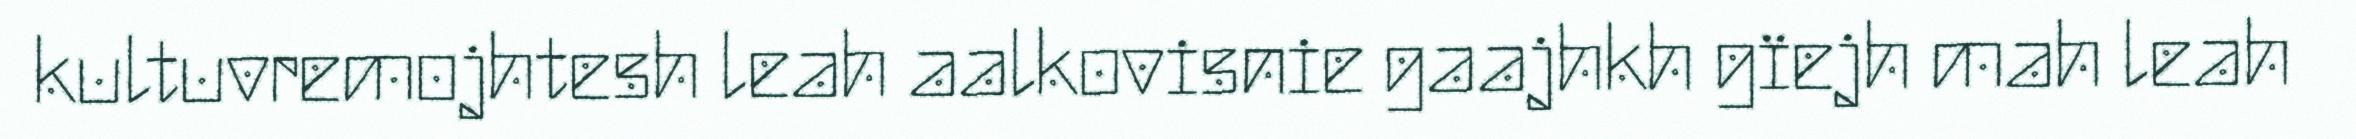
kultuvremojhtesh leah aalkovisnie gaajhkh gïejh mah leah